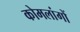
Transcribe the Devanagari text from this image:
कोमलांगों